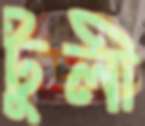
টুলী